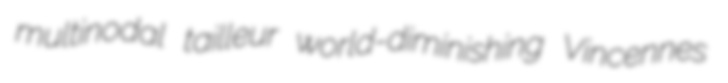
multinodal tailleur world-diminishing Vincennes